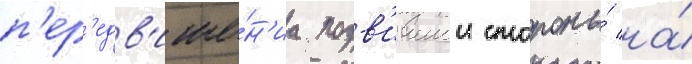
п'ер'едв'иже́н'иа подв'ижнои стороны́ на́